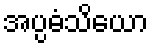
အပ္ပဓံသိယော